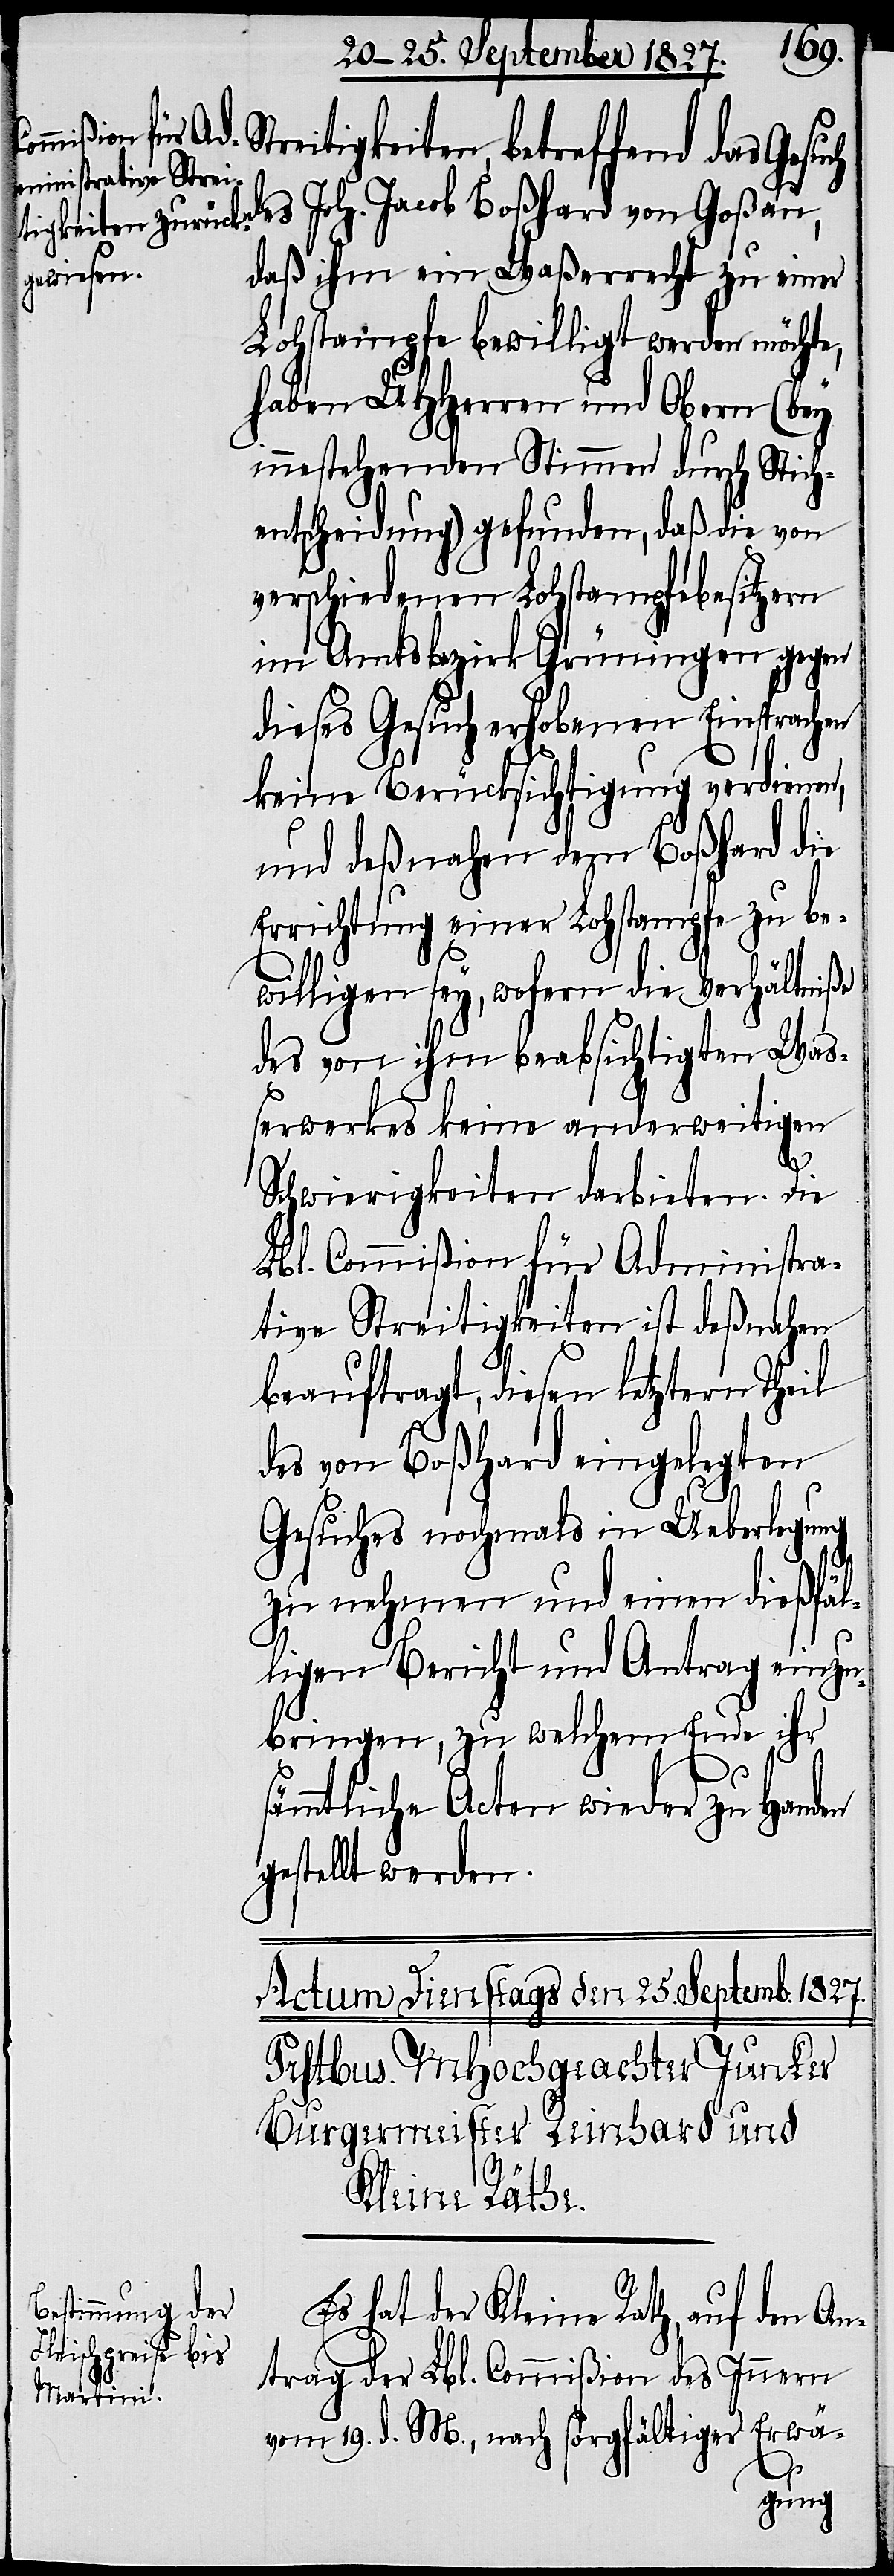
Streitigkeiten, betreffend das Gesuch
daß ihm ein Waßerrecht zu einer
Lohstampfe bewilligt werden möchte,
haben UHHerren und Obern (bey
innestehenden Stimmen durch Stich¬
entscheidung) gefunden, daß die von
verschiedenen Lohstampfebesitzern
im Amtsbezirk Grüningen gegen
dieses Gesuch erhobenen Einsprachen
keine Berücksichtigung verdienen,
und deßnahen dem Boßhard die
Errichtung einer Lohstampfe zu be¬
willigen sey, wofern die Verhältniße
des von ihm beabsichtigten Wa¬
ßerwerkes keine anderweitigen
Schwierigkeiten darbieten. Die
Lbl. Commißion für Administra¬
tive Streitigkeiten ist deßnahen
beauftragt, diesen letztern Theil
des von Boßhard eingelegten
Gesuches nochmals in Ueberlegung
zu nehmen und einen dießfäl¬
ligen Bericht und Antrag einzu¬
bringen, zu welchem Ende ihr
ämmtliche Acten wieder zu Handen
gestellt werden.
Es hat der Kleine Rath, auf den An¬
trag der Lbl. Commißion des Innern
vom 19. d. M., nach sorgfältiger Erwä-
s¬